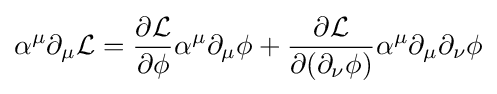
\alpha ^{\mu }\partial _{\mu }{\mathcal {L}}={\frac {\partial {\mathcal {L}}}{\partial \phi }}\alpha ^{\mu }\partial _{\mu }\phi +{\frac {\partial {\mathcal {L}}}{\partial (\partial _{\nu }\phi )}}\alpha ^{\mu }\partial _{\mu }\partial _{\nu }\phi